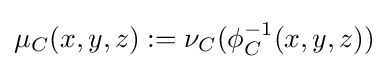
\mu _{C}(x,y,z):=\nu _{C}(\phi _{C}^{-1}(x,y,z))